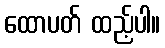
ထောပတ် ထည့်ပါ။